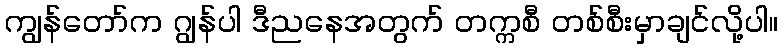
ကျွန်တော်က ဂျွန်ပါ ဒီညနေအတွက် တက္ကစီ တစ်စီးမှာချင်လို့ပါ။